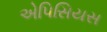
એપિસિયસ